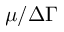
\mu / \Delta \Gamma